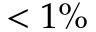
< 1 \%